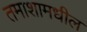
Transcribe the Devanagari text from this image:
तमाशामधील